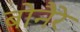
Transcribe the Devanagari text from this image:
बोनैरे